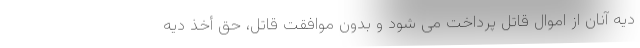
دیه آنان از اموال قاتل پرداخت می شود و بدون موافقت قاتل، حق أخذ دیه